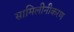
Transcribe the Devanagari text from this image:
सामिलीनीकरण